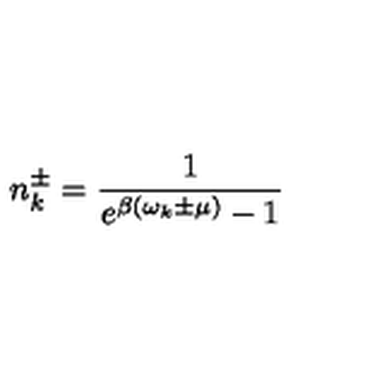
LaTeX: n _ { k } ^ { \pm } = \frac { 1 } { e ^ { \beta ( \omega _ { k } \pm \mu ) } - 1 }